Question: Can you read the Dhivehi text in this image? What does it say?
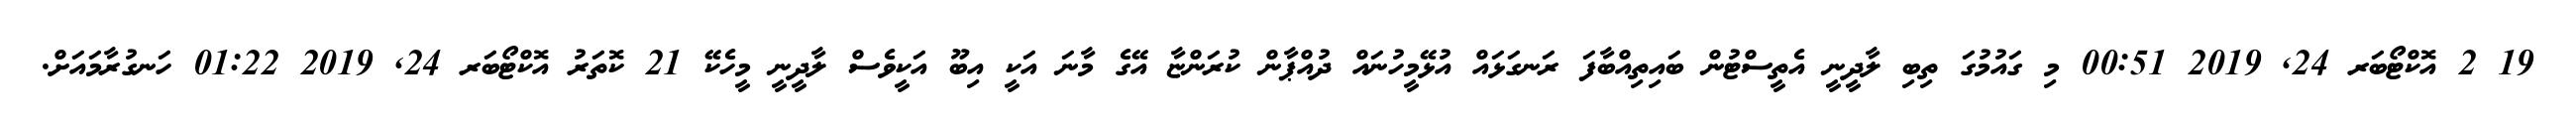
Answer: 19 2 އޮކްޓޯބަރ 24, 2019 00:51 މި ގައުމުގަ ތިބި ލާދީނީ އެތީސްޓުން ބައިތިއްބާފަ ރަނގަޅައް އުޅޭމީހުނައް ދުއްޕާން ކުރަންޏާ އޭގެ މާނަ އަކީ އިބޫ އަކީވެސް ލާދީނީ މީހެކޭ 21 ކޮތަރު އޮކްޓޯބަރ 24, 2019 01:22 ހަނގުރާމައަށް.